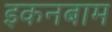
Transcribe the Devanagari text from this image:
इकनबाम